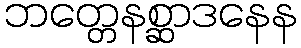
ဘတ္တေနစ္ဆာဒနေန